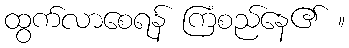
ထွက်လာစေရန် ကြံစည်နေ၏ ။